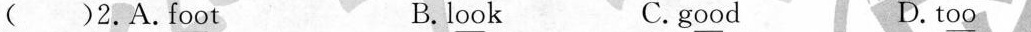
( )2.f\underline{oo}t B.l\underline{oo}k C.g\underline{oo}d D.t\underline{oo}